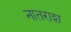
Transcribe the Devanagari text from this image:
नातराश